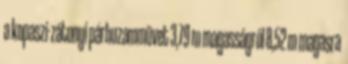
a kopaszi-zátonyi párhuzammûvet 3,79 m magasságról 8,52 m magasra